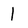
Character: l